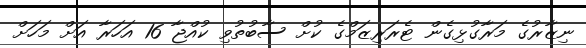
ނިޒާރުގެ މަރާގުޅިގެން ޓެރަރިޒަމްގެ ކުށް ސާބުތުވި ކުއްޖާ 16 އަހަރާ އަށް މަހަށް